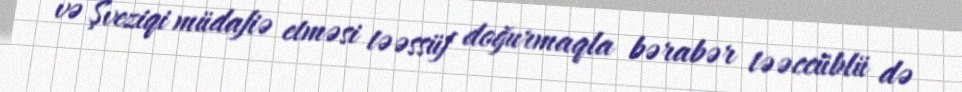
və Şveziqi müdafiə etməsi təəssüf doğurmaqla bərabər təəccüblü də